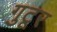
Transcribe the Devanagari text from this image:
गुटूर